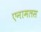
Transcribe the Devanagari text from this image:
एनामलस